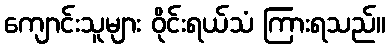
ကျောင်းသူများ ဝိုင်းရယ်သံ ကြားရသည်။